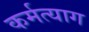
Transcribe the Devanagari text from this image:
कर्मत्याग